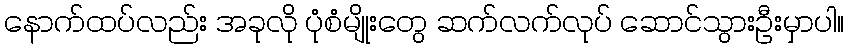
နောက်ထပ်လည်း အခုလို ပုံစံမျိုးတွေ ဆက်လက်လုပ် ဆောင်သွားဦးမှာပါ။